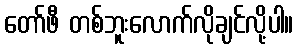
တော်ဖီ တစ်ဘူးလောက်လိုချင်လို့ပါ။